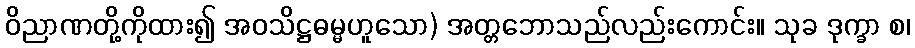
ဝိညာဏတို့ကိုထား၍ အဝသိဋ္ဌဓမ္မဟူသော) အတ္တဘောသည်လည်းကောင်း။ သုခ ဒုက္ခာ စ၊